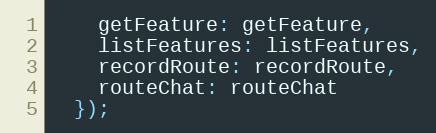
Language: JavaScript
    getFeature: getFeature,
    listFeatures: listFeatures,
    recordRoute: recordRoute,
    routeChat: routeChat
  });